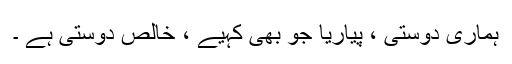
ہماری دوستی ، پیاریا جو بھی کہیے ، خالص دوستی ہے ۔